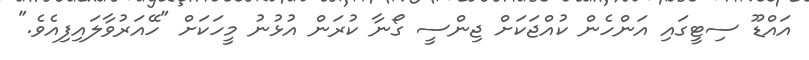
އައްޑޫ ސިޓީގައި އަންހެން ކުއްޖަކަށް ޖިންސީ ގޯނާ ކުރަން އުޅުނު މީހަކަށް "ހޭއަރުވާލައިފިއެވެ."